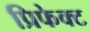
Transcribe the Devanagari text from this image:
प्रिफेक्ट